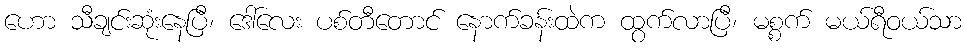
ဟော သီချင်းဆုံးနေပြီ၊ ဒေါ်လေး ပစ်တီတောင် နောက်ခန်းထဲက ထွက်လာပြီ၊ မစ္စက် မယ်ရီဝယ်သာ